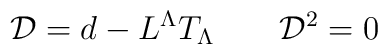
{\cal D} = d - L^\Lambda T_{\Lambda} \qquad {\cal D}^2=0